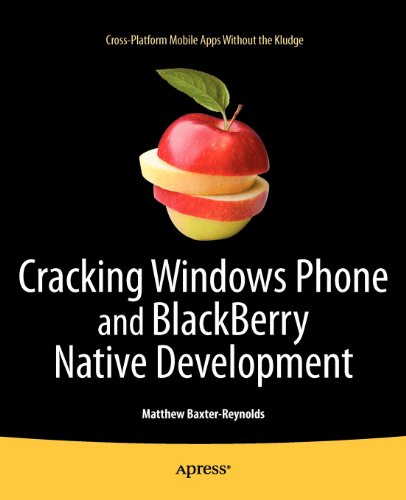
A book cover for Cracking Windows Phone and BlackBerry Native Development: Cross-Platform Mobile Apps Without the Kludge; Matthew Baxter-Reynolds; Computers & Technology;